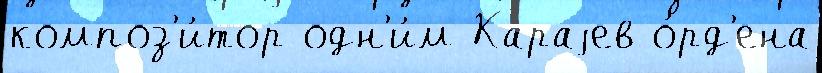
композ'и́тор одн'и́м Караjев о́рд'ена